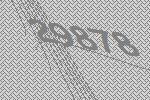
29878